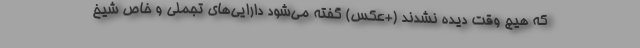
که هیچ وقت دیده نشدند (+عکس) گفته می‌شود دارایی‌های تجملی و خاص شیخ